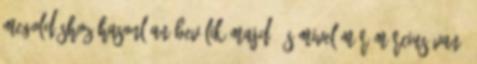
megoldáshoz hasonlóan beválik majd, és mivel már március van,